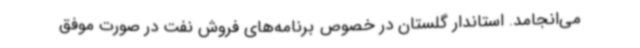
می‌انجامد. استاندار گلستان در خصوص برنامه‌های فروش نفت در صورت موفق